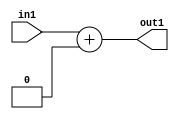
`timescale 1ps / 1ps
/*****************************************************************************
    Verilog RTL Description
    
    
    Created by: Stratus DpOpt 2019.1.01 
*******************************************************************************/

module SobelFilter_Add_6U_8_4 (
	in1,
	out1
	); /* architecture "behavioural" */ 
input [5:0] in1;
output [5:0] out1;
wire [5:0] asc001;

assign asc001 = 
	+(in1)
	+(6'B000000);

assign out1 = asc001;
endmodule

/* CADENCE  urj5Swg= : u9/ySgnWtBlWxVPRXgAZ4Og= ** DO NOT EDIT THIS LINE ******/